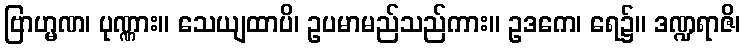
ဗြာဟ္မဏ၊ ပုဏ္ဏား။ သေယျထာပိ၊ ဥပမာမည်သည်ကား။ ဥဒကေ၊ ရေ၌။ ဒဏ္ဍရာဇိ၊